Calcutta medical institutions reports 1871-78
Year: 1871
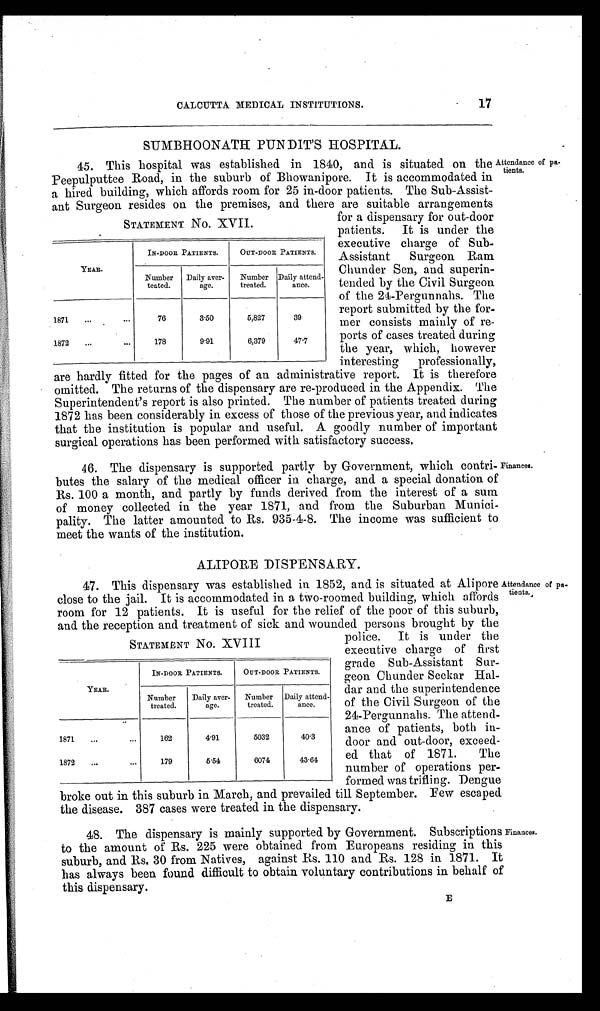
17
CALCUTTA MEDICAL INSTITUTIONS.
SUMBHOONATH PUNDIT' S HOSPITAL.
45. This hospital was established in 1840, and is situated on the Attendance of pa-
Peepulputtee Road, in the suburb of Bhowanipore. It is accommodated in
tients
a hired building, which affords room for 25 in-door patients. The Sub-Assist--
ant Surgeon resides on the premises, and there are suitable arrangements
STATEMENT No. XVII.
YEAR.
IN-DOOR PATIENTS.
OUT-DOOR PATIENTS.
Number
teated.
Daily aver-
age.
Number
treated.
Daily attend-
ance.
1871
1872
76
178
3.50
9.91
5,827
6,879
39
4 7 . 7
for a dispensary for out-door
patients. It is under the
executive charge of Sub-
Assistant Surgeon Ram
Chunder Sen, and superin-
tended by the Civil Surgeon
of the 24-Pergunnahs. The
report submitted by the for-
mer consists mainly of re-
ports of cases treated during
the year, which, however
interesting
professionally,
are hardly fitted for the pages of an administrative report. It is therefore
omitted. The returns of the dispensary are re-produced in the Appendix. The
Superintendent's report is also printed. The number of patients treated during
1872 has been considerably in excess of those of the previous year, and indicates
that the institution is popular and useful. A goodly number of important
surgical operations has been performed with satisfactory success.
46. The dispensary is supported partly by Government, which contri- _Finances.
butes the salary of the medical officer in charge, and a special donation of
Rs. 100 a month, and partly by funds derived from the interest of a sum
of money collected in the year 1871, and from the Suburban Munici-
pality. The latter amounted to Rs. 935-4-8. The income was sufficient to
meet the wants of the institution.
ALIPORE DISPENSARY.
47. This dispensary was established in 1852, and is situated at Alipore Attendance of pa-
close to the jail. It is accommodated in a two-roomed building, which affords two ts.,
room for 12 patients. It is useful for the relief of the poor of this suburb,
and the reception and treatment of sick and wounded persons brought by the
STATEMENT No. XVIII
YEAR.
IN-DOOR PATIENTS.
OUT-DOOR PATIENTS.
Number
treated.
Daily aver-
age.
Number
treated.
Daily attend-
ance.
1871
1872
162
179
4.91
5.54
5032
6074
40.3
43.64
police. It is under the
executive charge of first
grade Sub-Assistant Sur-
b
geon Chunder Seekar Hal-
dar and the superintendence
of the Civil Surgeon of the
24-Pergunnahs. The attend-
-ance of patients, both in--
door and out-door, exceed--
ed that of 1871. The
number of operations per-
formed was trifling. Dengue
broke out in this suburb in March, and prevailed till September. Few escaped
the disease. 387 cases were treated in the dispensary.
48. The dispensary is mainly supported by Government. Subscriptions Finances.
to the amount of Rs. 225 were obtained from Europeans residing in this
suburb, and Rs. 30 from Natives, against Rs. 110 and Rs. 128 in 1871. It
has always been found difficult to obtain voluntary contributions in behalf of
this dispensary.
E